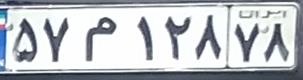
۵۷م۱۲۸۷۸